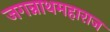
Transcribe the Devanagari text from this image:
जगन्नाथमहाराज